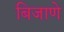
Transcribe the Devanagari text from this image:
बिजाणे